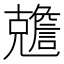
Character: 𠓏